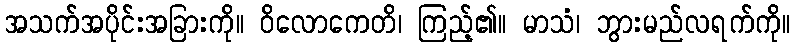
အသက်အပိုင်းအခြားကို။ ဝိလောကေတိ၊ ကြည့်၏။ မာသံ၊ ဘွားမည်လရက်ကို။